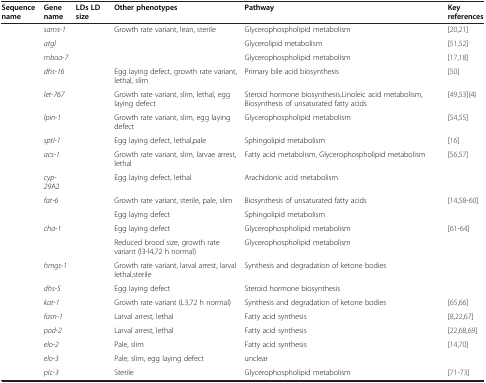
<table><thead><tr><td><b>Sequence name</b></td><td><b>Gene name</b></td><td><b>LDs LD size</b></td><td><b>Other phenotypes</b></td><td><b>Pathway</b></td><td><b>Key references</b></td></tr></thead><tbody><tr><td>[EMPTY_CELL]</td><td><i>sams</i>-<i>1</i></td><td>[EMPTY_CELL]</td><td>Growth rate variant, lean, sterile</td><td>Glycerophospholipid metabolism</td><td>[20,21]</td></tr><tr><td>[EMPTY_CELL]</td><td><i>atgl</i></td><td>[EMPTY_CELL]</td><td>[EMPTY_CELL]</td><td>Glycerolipid metabolism</td><td>[51,52]</td></tr><tr><td>[EMPTY_CELL]</td><td><i>mboa</i>-<i>7</i></td><td>[EMPTY_CELL]</td><td>[EMPTY_CELL]</td><td>Glycerophospholipid metabolism</td><td>[17,18]</td></tr><tr><td>[EMPTY_CELL]</td><td><i>dhs</i>-<i>16</i></td><td>[EMPTY_CELL]</td><td>Egg laying defect, growth rate variant, lethal, slim</td><td>Primary bile acid biosynthesis</td><td>[50]</td></tr><tr><td>[EMPTY_CELL]</td><td><i>let</i>-<i>767</i></td><td>[EMPTY_CELL]</td><td>Growth rate variant, slim, lethal, egg laying defect</td><td>Steroid hormone biosynthesis,Linoleic acid metabolism,Biosynthesis of unsaturated fatty acids</td><td>[49,53](4)</td></tr><tr><td>[EMPTY_CELL]</td><td><i>lpin</i>-<i>1</i></td><td>[EMPTY_CELL]</td><td>Growth rate variant, slim, egg laying defect</td><td>Glycerophospholipid metabolism</td><td>[54,55]</td></tr><tr><td>[EMPTY_CELL]</td><td><i>sptl</i>-<i>1</i></td><td>[EMPTY_CELL]</td><td>Egg laying defect, lethal,pale</td><td>Sphingolipid metabolism</td><td>[16]</td></tr><tr><td>[EMPTY_CELL]</td><td><i>acs</i>-<i>1</i></td><td>[EMPTY_CELL]</td><td>Growth rate variant, slim, larvae arrest, lethal</td><td>Fatty acid metabolism, Glycerophospholipid metabolism</td><td>[56,57]</td></tr><tr><td>[EMPTY_CELL]</td><td><i>cyp</i>-<i>29</i>A2</td><td>[EMPTY_CELL]</td><td>Egg laying defect, lethal</td><td>Arachidonic acid metabolism</td><td>[EMPTY_CELL]</td></tr><tr><td>[EMPTY_CELL]</td><td><i>fat</i>-<i>6</i></td><td>[EMPTY_CELL]</td><td>Growth rate variant, sterile, pale, slim</td><td>Biosynthesis of unsaturated fatty acids</td><td>[14,58-60]</td></tr><tr><td>[EMPTY_CELL]</td><td>[EMPTY_CELL]</td><td>[EMPTY_CELL]</td><td>Egg laying defect</td><td>Sphingolipid metabolism</td><td>[EMPTY_CELL]</td></tr><tr><td>[EMPTY_CELL]</td><td><i>cha</i>-<i>1</i></td><td>[EMPTY_CELL]</td><td>Egg laying defect</td><td>Glycerophospholipid metabolism</td><td>[61-64]</td></tr><tr><td>[EMPTY_CELL]</td><td>[EMPTY_CELL]</td><td>[EMPTY_CELL]</td><td>Reduced brood size, growth rate variant (l3-l4,72 h normal)</td><td>Glycerophospholipid metabolism</td><td>[EMPTY_CELL]</td></tr><tr><td>[EMPTY_CELL]</td><td><i>hmgs</i>-<i>1</i></td><td>[EMPTY_CELL]</td><td>Growth rate variant, larval arrest, larval lethal,sterile</td><td>Synthesis and degradation of ketone bodies</td><td>[EMPTY_CELL]</td></tr><tr><td>[EMPTY_CELL]</td><td><i>dhs</i>-<i>5</i></td><td>[EMPTY_CELL]</td><td>Egg laying defect</td><td>Steroid hormone biosynthesis</td><td>[EMPTY_CELL]</td></tr><tr><td>[EMPTY_CELL]</td><td><i>kat</i>-<i>1</i></td><td>[EMPTY_CELL]</td><td>Growth rate variant (L3,72 h normal)</td><td>Synthesis and degradation of ketone bodies</td><td>[65,66]</td></tr><tr><td>[EMPTY_CELL]</td><td><i>fasn</i>-<i>1</i></td><td>[EMPTY_CELL]</td><td>Larval arrest, lethal</td><td>Fatty acid synthesis</td><td>[8,22,67]</td></tr><tr><td>[EMPTY_CELL]</td><td><i>pod</i>-<i>2</i></td><td>[EMPTY_CELL]</td><td>Larval arrest, lethal</td><td>Fatty acid synthesis</td><td>[22,68,69]</td></tr><tr><td>[EMPTY_CELL]</td><td><i>elo</i>-<i>2</i></td><td>[EMPTY_CELL]</td><td>Pale, slim</td><td>Fatty acid synthesis</td><td>[14,70]</td></tr><tr><td>[EMPTY_CELL]</td><td><i>elo</i>-<i>3</i></td><td>[EMPTY_CELL]</td><td>Pale, slim, egg laying defect</td><td>unclear</td><td>[EMPTY_CELL]</td></tr><tr><td>[EMPTY_CELL]</td><td><i>plc</i>-<i>3</i></td><td>[EMPTY_CELL]</td><td>Sterile</td><td>Glycerophospholipid metabolism</td><td>[71-73]</td></tr></tbody></table>